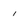
Character: 1